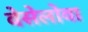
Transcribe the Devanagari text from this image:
वेसेलोवा